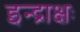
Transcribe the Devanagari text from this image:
इन्द्राक्षः